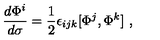
{ \frac { d \Phi ^ { i } } { d \sigma } } = { \frac { 1 } { 2 } } \epsilon _ { i j k } [ \Phi ^ { j } , \Phi ^ { k } ] \ ,